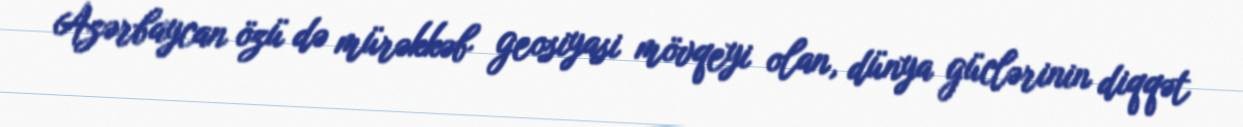
Azərbaycan özü də mürəkkəb geosiyasi mövqeyi olan, dünya güclərinin diqqət